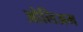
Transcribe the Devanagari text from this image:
ओलिअम